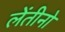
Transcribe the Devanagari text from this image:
लेंतीनो